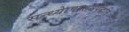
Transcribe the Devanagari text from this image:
सन्ध्याेपासनपद्धति